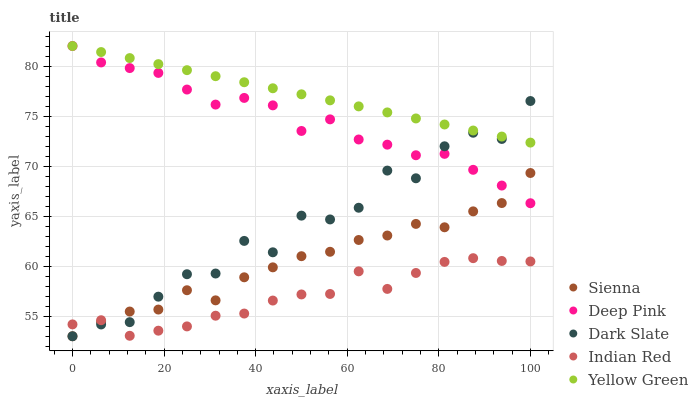
| xaxis_label | Sienna | Deep Pink | Dark Slate | Indian Red | Yellow Green |
 | --- | --- | --- | --- | --- | --- |
 | 0 | 53 | 82 | 53 | 54.2 | 82 |
 | 6.25 | 54.4 | 80.4 | 54.2 | 54.6 | 81.4 |
 | 12.5 | 55.5 | 79.8 | 54.4 | 53 | 80.8 |
 | 18.8 | 55.7 | 79.3 | 57 | 53.6 | 80.2 |
 | 25 | 57.6 | 77.6 | 59.2 | 54 | 79.6 |
 | 31.2 | 56.6 | 76.1 | 59.3 | 55.1 | 79 |
 | 37.5 | 58.9 | 76.8 | 62.5 | 55.3 | 78.4 |
 | 43.8 | 59.9 | 76.1 | 61.4 | 56.6 | 77.8 |
 | 50 | 61 | 73.5 | 65.1 | 57.2 | 77.2 |
 | 56.2 | 61.4 | 74.7 | 64.7 | 57.2 | 76.6 |
 | 62.5 | 62.6 | 72.7 | 65.8 | 59.5 | 76 |
 | 68.8 | 63.1 | 72.1 | 69.6 | 57.7 | 75.4 |
 | 75 | 64.2 | 71.1 | 68.8 | 59.3 | 74.8 |
 | 81.2 | 63.9 | 71.2 | 72 | 60.4 | 74.2 |
 | 87.5 | 65.5 | 69.6 | 73.3 | 60.8 | 73.6 |
 | 93.8 | 66.3 | 68.1 | 72.7 | 60.5 | 73 |
 | 100 | 69.3 | 66.3 | 76.5 | 60.5 | 72.3 |